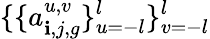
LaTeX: \{ \{ a_{\mathbf{i},j,g}^{u,v}\} _{u=-l}^{l}\} _{v=-l}^{l}